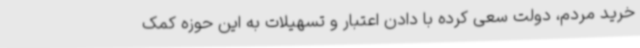
خرید مردم، دولت سعی کرده با دادن اعتبار و تسهیلات به این حوزه کمک